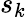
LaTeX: s_{k}